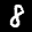
Label: 8